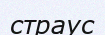
страус